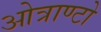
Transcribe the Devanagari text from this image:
ओत्राण्टो